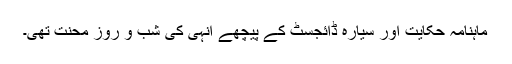
ماہنامہ حکایت اور سیارہ ڈائجسٹ کے پیچھے انہی کی شب و روز محنت تھی۔